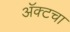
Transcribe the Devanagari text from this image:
अॅक्टचा